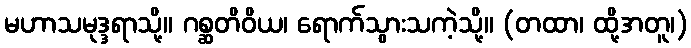
မဟာသမုဒ္ဒရာသို့။ ဂစ္ဆတိဝိယ၊ ရောက်သွားသကဲ့သို့။ (တထာ၊ ထို့အတူ၊)